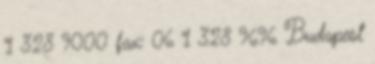
1 328 9000 fax: 06 1 328 9696 Budapest